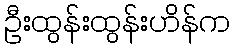
ဦးထွန်းထွန်းဟိန်က